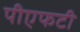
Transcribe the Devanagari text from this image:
पीएफटी